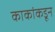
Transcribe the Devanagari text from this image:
काकांकडून